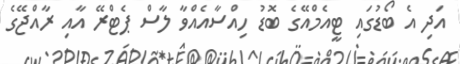
އަދި އެ ބޯޑުގައި ޓީއެމްއޭގެ ބޮޑު ހިއްސާއެއްވާ ލާސް ޕެޓްރޭ އާއި ރާއްޖޭގެ